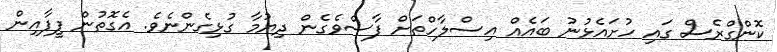
ކޮންގްރެސް ގައި ހުށައެޅުނު ބައެއް އިސްލާހްތަށް ފާސްވެގެން ދިޔުމާ ގުޅިގެންނެވެ. އެގޮތުން ފީފާއިން